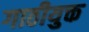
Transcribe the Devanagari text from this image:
गाठीयुक्त